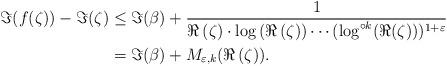
LaTeX: \begin{align*}\Im(f(\zeta))-\Im(\zeta) & \leq \Im(\beta) +\frac{1}{\Re\left(\zeta\right)\cdot\log\left(\Re\left(\zeta\right)\right)\cdots(\log^{\circ k}(\Re(\zeta)))^{1+\varepsilon}}\\& =\Im(\beta) + M_{\varepsilon,k}(\Re\left(\zeta\right)). \end{align*}